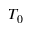
T _ { 0 }